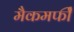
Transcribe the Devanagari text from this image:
मैकमर्फी